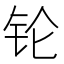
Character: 𬬭